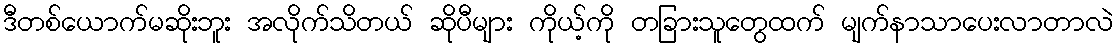
ဒီတစ်ယောက်မဆိုးဘူး အလိုက်သိတယ် ဆိုပီများ ကိုယ့်ကို တခြားသူတွေထက် မျက်နာသာပေးလာတာလဲ